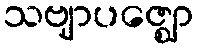
သဗျာပဇ္ဈော